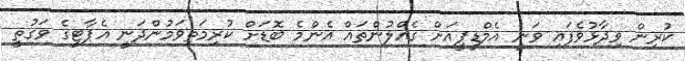
ކުރިން ވިދާޅުވެފައި ވަނީ އެމްޑީޕީއަށް ގެއްލުންތައް އެންމެ ބޮޑަށް ކުރިމަތިވަމުންދަނީ އެޕާޓީގެ ވަގުތީ